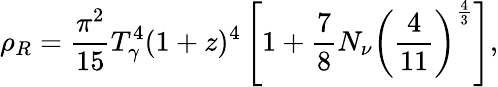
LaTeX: \rho_{R}={\frac{\pi^{2}}{15}}T_{\gamma}^{4}(1+z)^{4}\left[1+{\frac{7}{8}}N_{\nu}\left({\frac{4}{11}}\right)^{\frac{4}{3}}\right],